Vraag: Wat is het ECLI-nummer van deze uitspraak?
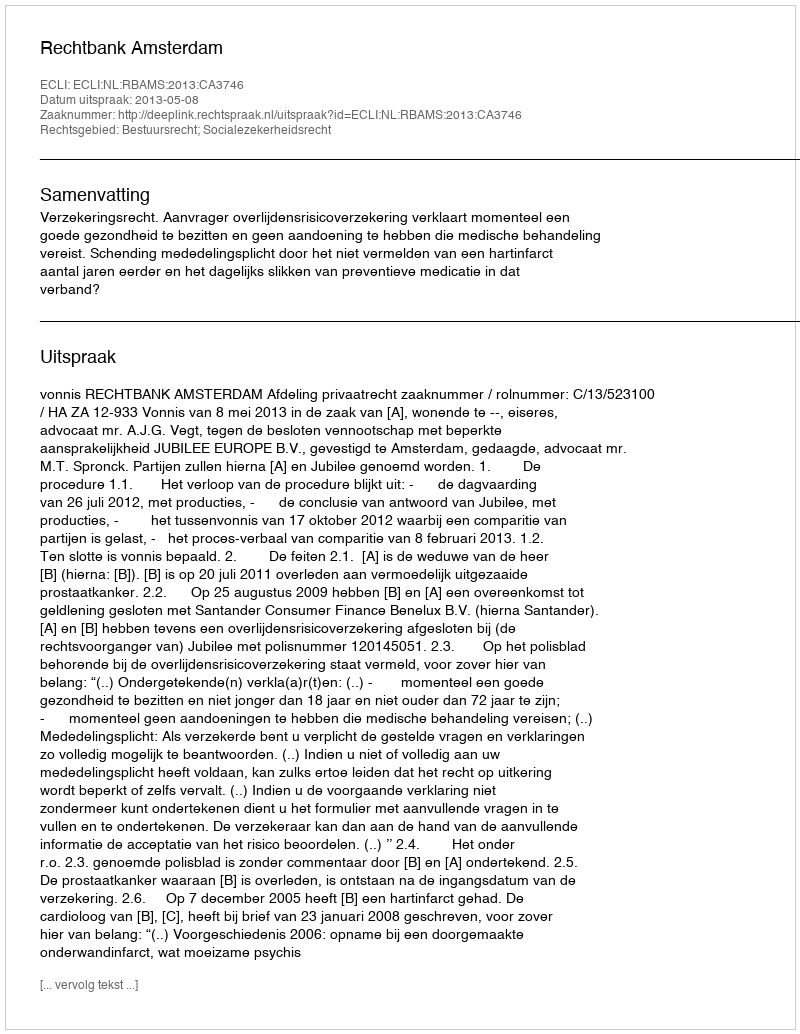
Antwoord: ECLI:NL:RBAMS:2013:CA3746